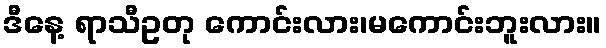
ဒီနေ့ ရာသီဥတု ကောင်းလား၊မကောင်းဘူးလား။